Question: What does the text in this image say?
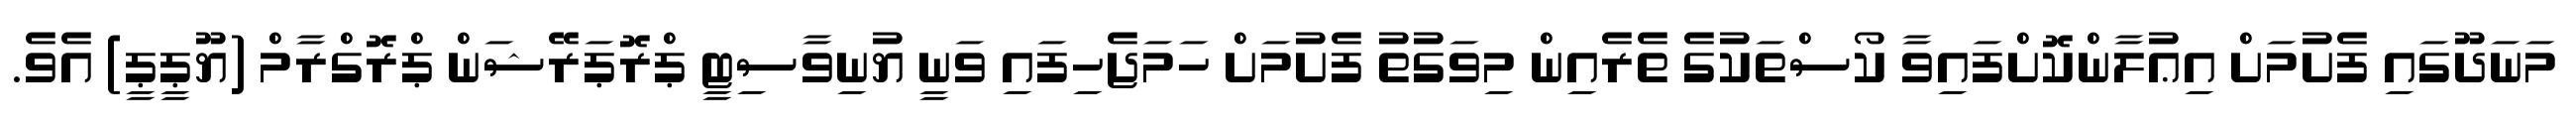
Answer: މަނަދޫގައި ފެށުމަށް އިޢުލާންކޮށްފައިވާ ކޯސްތަކުގެ ތެރެއިން މިވަގުތު ފެށުމަށް ހަމަޖެހިފައި ވަނީ ޔުނިވާސިޓީ ޕްރޮޕަރޭޝަން ޕްރޮގްރާމް (ޔޫޕީޕީ) އެވެ.